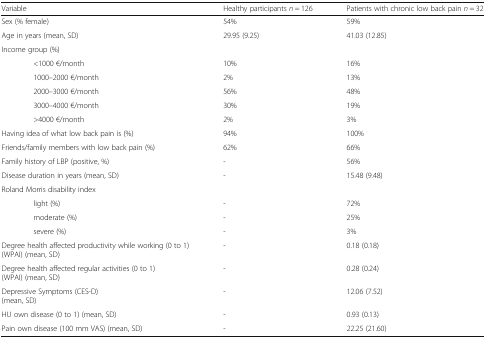
| Variable | Healthy participants n = 126 | Patients with chronic low back pain n = 32 |
 | --- | --- | --- |
 | Sex (% female) | 54% | 59% |
 | Age in years (mean, SD) | 29.95 (9.25) | 41.03 (12.85) |
 | Income group (%) |  |  |
 | <1000 €/month | 10% | 16% |
 | 1000–2000 €/month | 2% | 13% |
 | 2000–3000 €/month | 56% | 48% |
 | 3000–4000 €/month | 30% | 19% |
 | >4000 €/month | 2% | 3% |
 | Having idea of what low back pain is (%) | 94% | 100% |
 | Friends/family members with low back pain (%) | 62% | 66% |
 | Family history of LBP (positive, %) | - | 56% |
 | Disease duration in years (mean, SD) | - | 15.48 (9.48) |
 | Roland Morris disability index |  |  |
 | light (%) | - | 72% |
 | moderate (%) | - | 25% |
 | severe (%) | - | 3% |
 | Degree health affected productivity while working (0 to 1) (WPAI) (mean, SD) | - | 0.18 (0.18) |
 | Degree health affected regular activities (0 to 1) (WPAI) (mean, SD) | - | 0.28 (0.24) |
 | Depressive Symptoms (CES-D)(mean, SD) | - | 12.06 (7.52) |
 | HU own disease (0 to 1) (mean, SD) | - | 0.93 (0.13) |
 | Pain own disease (100 mm VAS) (mean, SD) | - | 22.25 (21.60) |